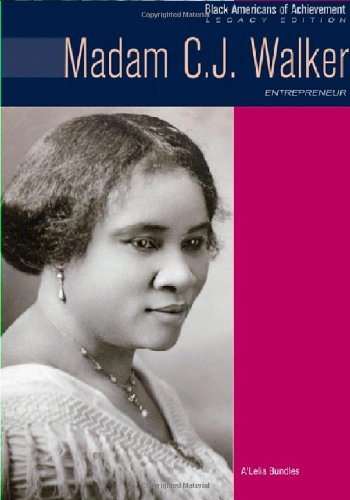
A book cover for Madam C.J. Walker: Entrepreneur (Black Americans of Achievement); A'Lelia Bundles; Teen & Young Adult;